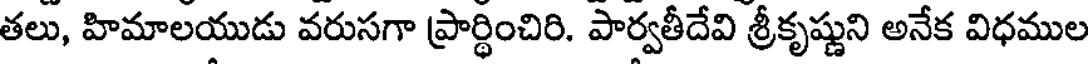
తలు, హిమాలయుడు వరుసగా ప్రార్థించిరి. పార్వతీదేవి శ్రీకృష్ణుని అనేక విధముల